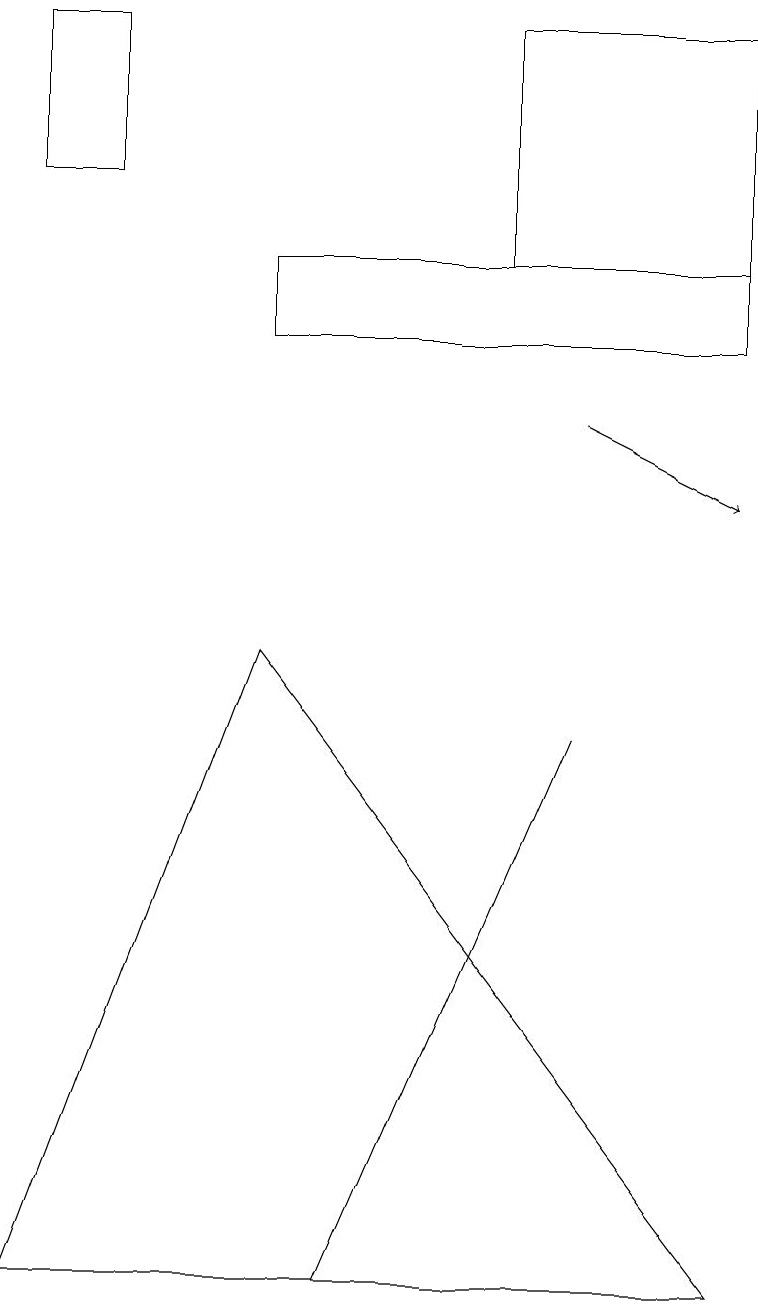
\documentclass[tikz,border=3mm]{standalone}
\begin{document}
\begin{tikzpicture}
\draw (9,17) rectangle (6,14);
\draw[->] (7,12) -- (9,11);
\draw (7,8) -- (7,8) -- (4,1) -- cycle;
\draw (0,15) rectangle (1,17);
\draw (3,13) rectangle (9,14);
\draw (3,9) -- (0,1) -- (9,1) -- cycle;
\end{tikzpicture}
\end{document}